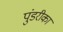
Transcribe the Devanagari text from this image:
पुंडरीका